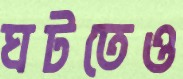
ঘটতেও